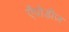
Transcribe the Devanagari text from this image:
ऐंपोडीज़